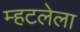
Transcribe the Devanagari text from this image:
म्हटलेला